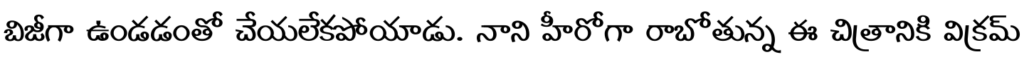
బిజీగా ఉండడంతో చేయలేకపోయాడు. నాని హీరోగా రాబోతున్న ఈ చిత్రానికి విక్రమ్